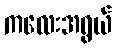
ကလေးအရွယ်